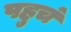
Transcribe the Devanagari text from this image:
पहुचं